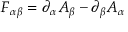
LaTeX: F _ { \alpha \beta } = \partial _ { \alpha } A _ { \beta } - \partial _ { \beta } A _ { \alpha }